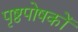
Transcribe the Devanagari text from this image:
पृष्ठपोषकों